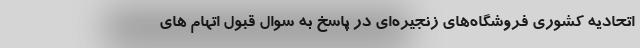
اتحادیه کشوری فروشگاه‌های زنجیره‌ای در پاسخ به سوال قبول اتهام های